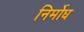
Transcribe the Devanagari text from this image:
निर्मोघ